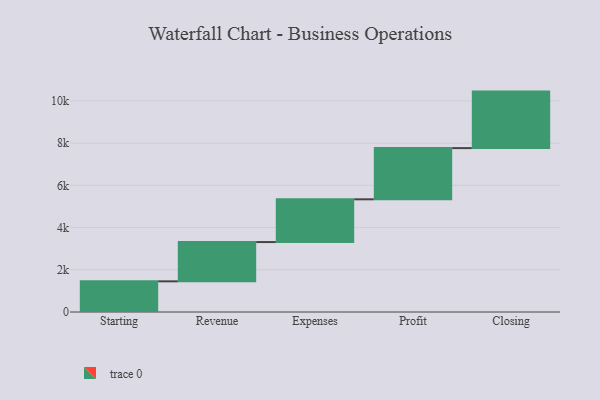
{"axis": {"x": "Step", "y": "Value"}, "legend": [""], "data": [{"x": "Starting", "y": 1453.0, "type": ""}, {"x": "Revenue", "y": 1860.0, "type": ""}, {"x": "Expenses", "y": 2025.0, "type": ""}, {"x": "Profit", "y": 2425.0, "type": ""}, {"x": "Closing", "y": 2677.0, "type": ""}]}